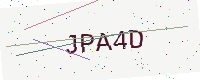
Text: JPA4D